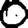
Digit: 0